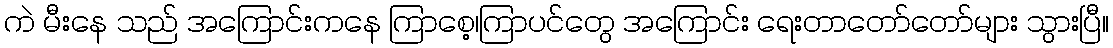
ကဲ မီးနေ သည် အကြောင်းကနေ ကြာစေ့၊ကြာပင်တွေ အကြောင်း ရေးတာတော်တော်များ သွားပြီ။